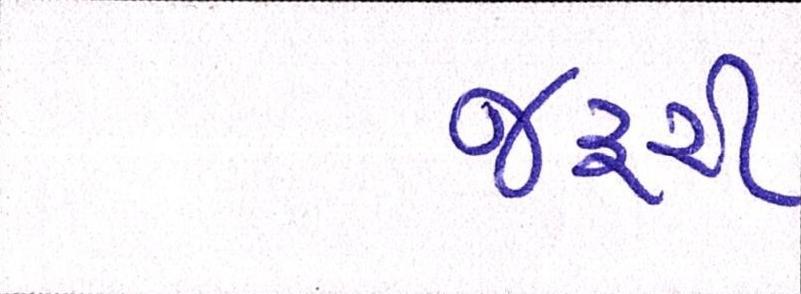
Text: જરૃરી